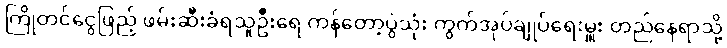
ကြိုတင်ငွေဖြည့် ဖမ်းဆီးခံရသူဦးရေ ကန်တော့ပွဲသုံး ကွက်အုပ်ချုပ်ရေးမှူး တည်နေရာသို့